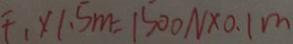
F _ { 1 } \times 1 . 5 m = 1 5 0 0 N \times 0 . 1 m